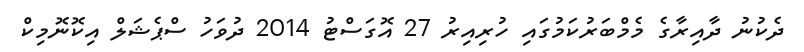
ދެކުނު ދާއިރާގެ މެމްބަރުކަމުގައި ހުރިއިރު 27 އޮގަސްޓު 2014 ދުވަހު ސްޕެޝަލް އިކޮނޮމިކް